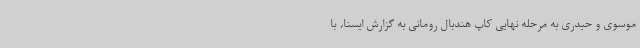
موسوی و حیدری به مرحله نهایی کاپ هندبال رومانی به گزارش ایسنا، با